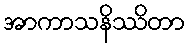
အာကာသနိဿိတာ